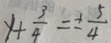
y + \frac { 3 } { 4 } = \pm \frac { 5 } { 4 }